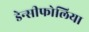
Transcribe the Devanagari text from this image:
डेन्सीफोलिया